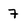
Character: 7